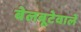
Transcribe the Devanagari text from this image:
बेलबूटेवाले